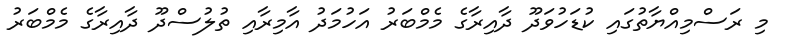
މި ރަސްމިއްޔާތުގައި ކުޑަހުވަދޫ ދާއިރާގެ މެމްބަރު އަހުމަދު އާމިރާއި ތުލުސްދޫ ދާއިރާގެ މެމްބަރު